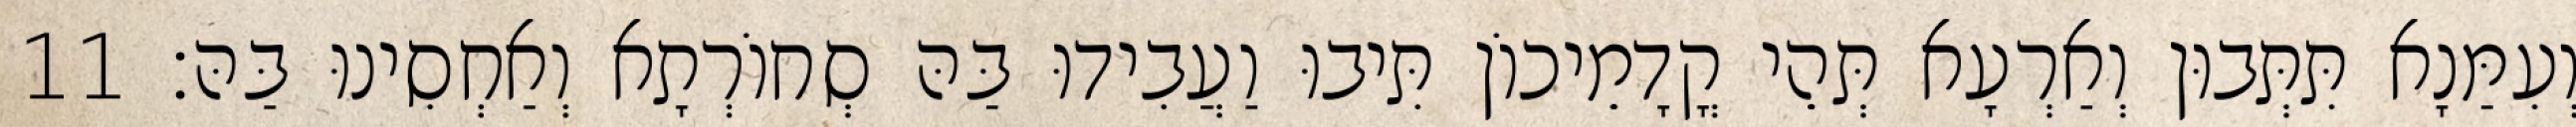
וְעִמַּנָא תִּתְּבוּן וְאַרְעָא תְּהֵי קֳדָמֵיכוֹן תִּיבוּ וַעֲבִידוּ בַּהּ סְחוֹרְתָא וְאַחְסִינוּ בַּהּ׃ 11